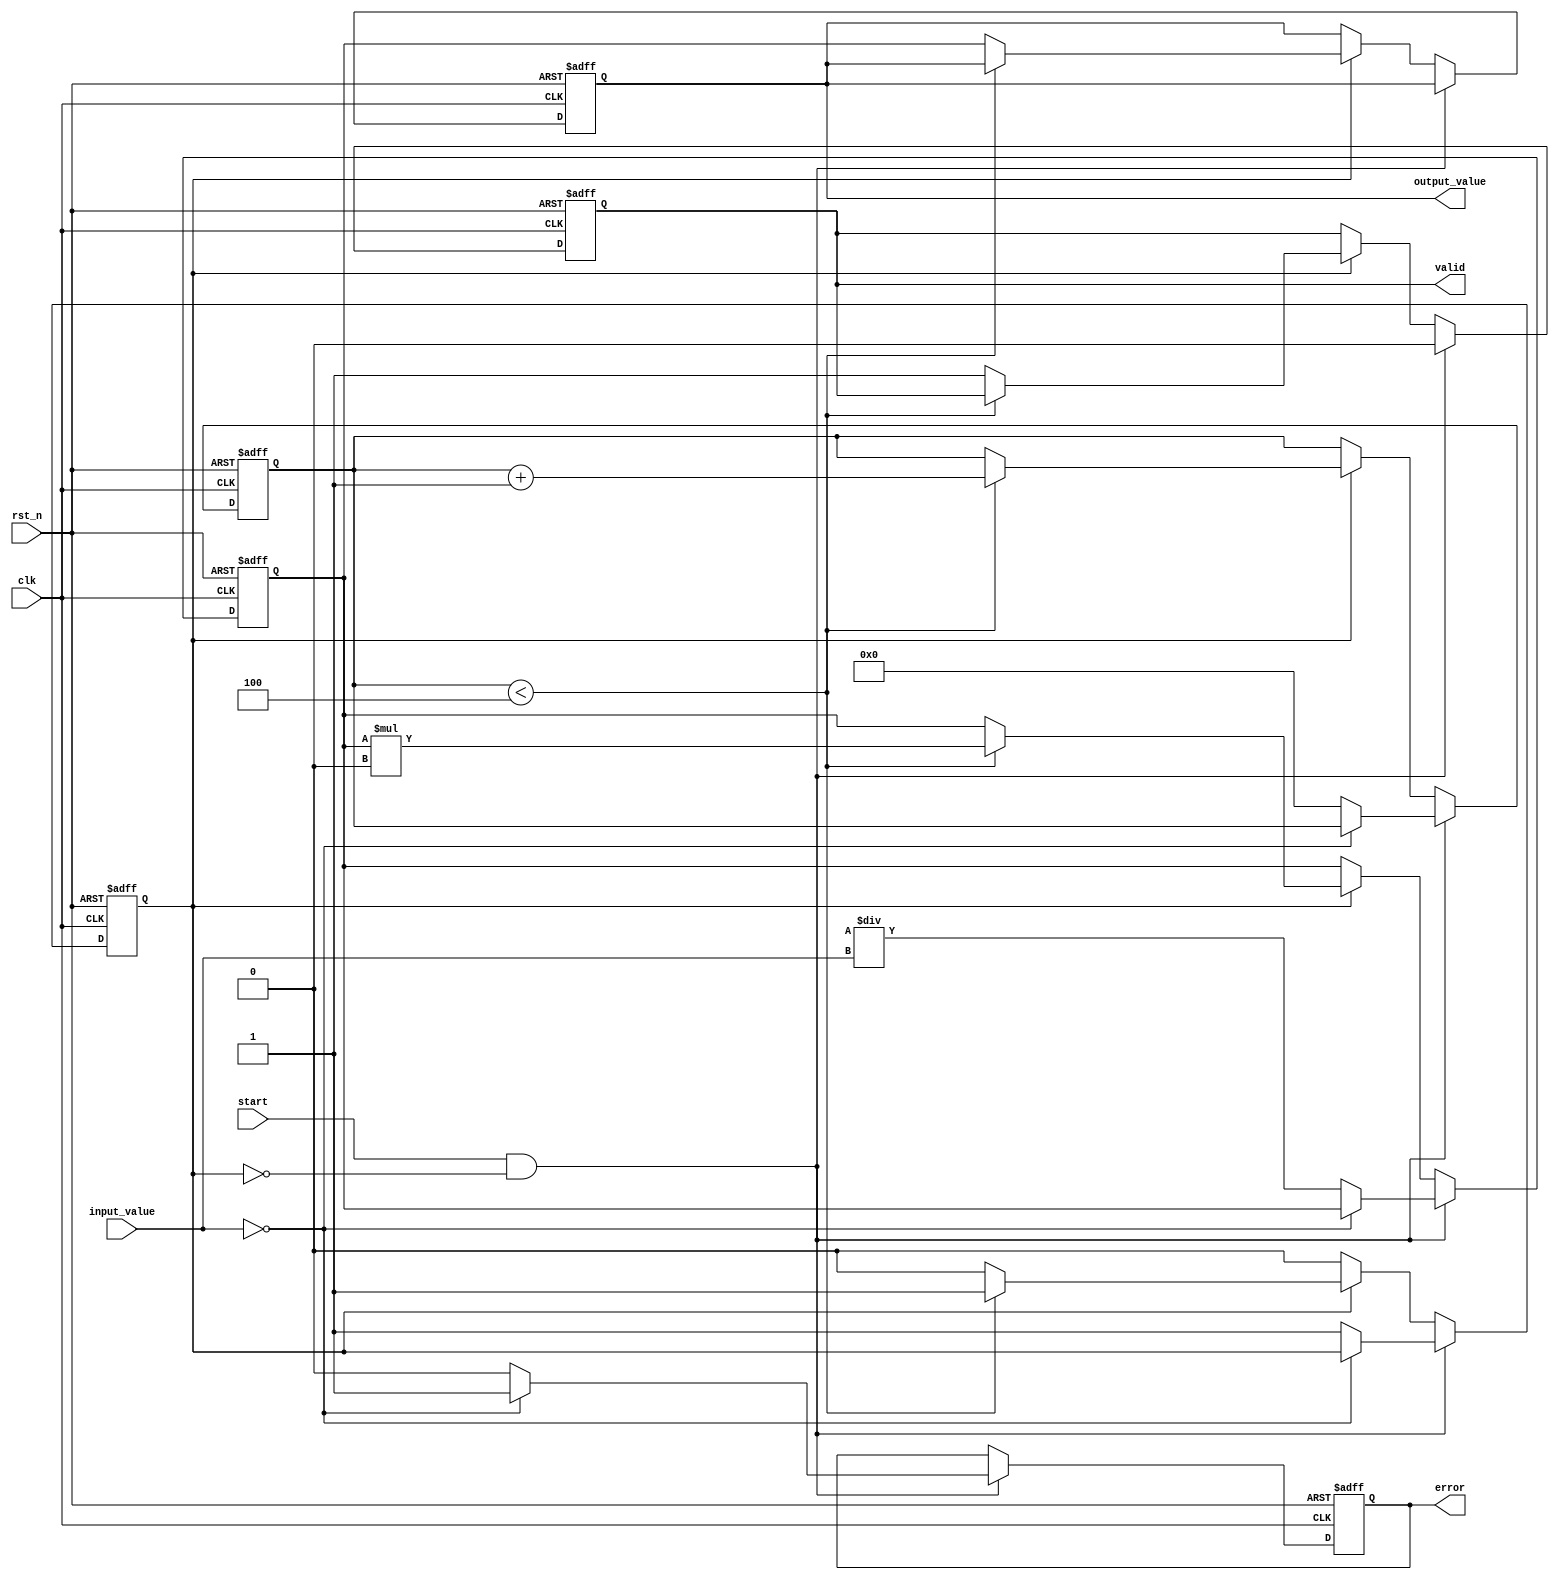
module DirectReciprocalUnit (
    input wire clk,
    input wire rst_n,
    input wire start,
    input wire [15:0] input_value,  // 16-bit fixed-point input
    output reg [15:0] output_value,  // 16-bit fixed-point reciprocal output
    output reg valid,                // Indicates when output is valid
    output reg error                 // Indicates an error condition (e.g., division by zero)
);

    reg [15:0] estimate;            // Current estimate of the reciprocal
    reg [3:0] iteration;            // Iteration counter
    reg busy;                       // Indicates if the unit is busy processing

    // Parameters
    parameter MAX_ITERATIONS = 4;   // Number of iterations for Newton-Raphson
    parameter FIXED_POINT_ONE = 16'h10000; // Fixed-point representation of 1

    // State Machine
    always @(posedge clk or negedge rst_n) begin
        if (!rst_n) begin
            output_value <= 16'b0;
            valid <= 1'b0;
            error <= 1'b0;
            busy <= 1'b0;
            estimate <= 16'b0;
            iteration <= 4'b0;
        end else if (start && !busy) begin
            if (input_value == 16'b0) begin
                error <= 1'b1;    // Division by zero
                valid <= 1'b0;
            end else begin
                error <= 1'b0;     // No error
                busy <= 1'b1;
                estimate <= FIXED_POINT_ONE / input_value; // Initial estimate
                iteration <= 4'b0;
                valid <= 1'b0;
            end
        end else if (busy) begin
            if (iteration < MAX_ITERATIONS) begin
                // Newton-Raphson iteration: x(n+1) = x(n) * (2 - x(n) * input_value)
                estimate <= estimate * (FIXED_POINT_ONE - (estimate * input_value) >> 16);
                iteration <= iteration + 1;
            end else begin
                output_value <= estimate; // Final output
                valid <= 1'b1;            // Output is valid
                busy <= 1'b0;             // Done processing
            end
        end
    end
endmodule